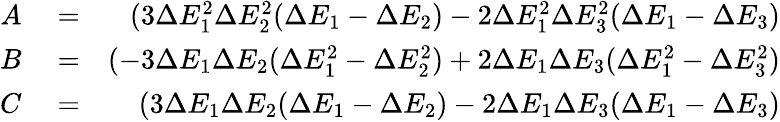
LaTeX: \begin{array}{rlr}{A}&{{}=}&{(3\Delta E_{1}^{2}\Delta E_{2}^{2}(\Delta E_{1}-\Delta E_{2})-2\Delta E_{1}^{2}\Delta E_{3}^{2}(\Delta E_{1}-\Delta E_{3})\strut}\\ {B}&{{}=}&{(-3\Delta E_{1}\Delta E_{2}(\Delta E_{1}^{2}-\Delta E_{2}^{2})+2\Delta E_{1}\Delta E_{3}(\Delta E_{1}^{2}-\Delta E_{3}^{2})\strut}\\ {C}&{{}=}&{(3\Delta E_{1}\Delta E_{2}(\Delta E_{1}-\Delta E_{2})-2\Delta E_{1}\Delta E_{3}(\Delta E_{1}-\Delta E_{3})\strut}\end{array}